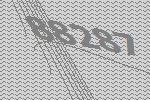
88287